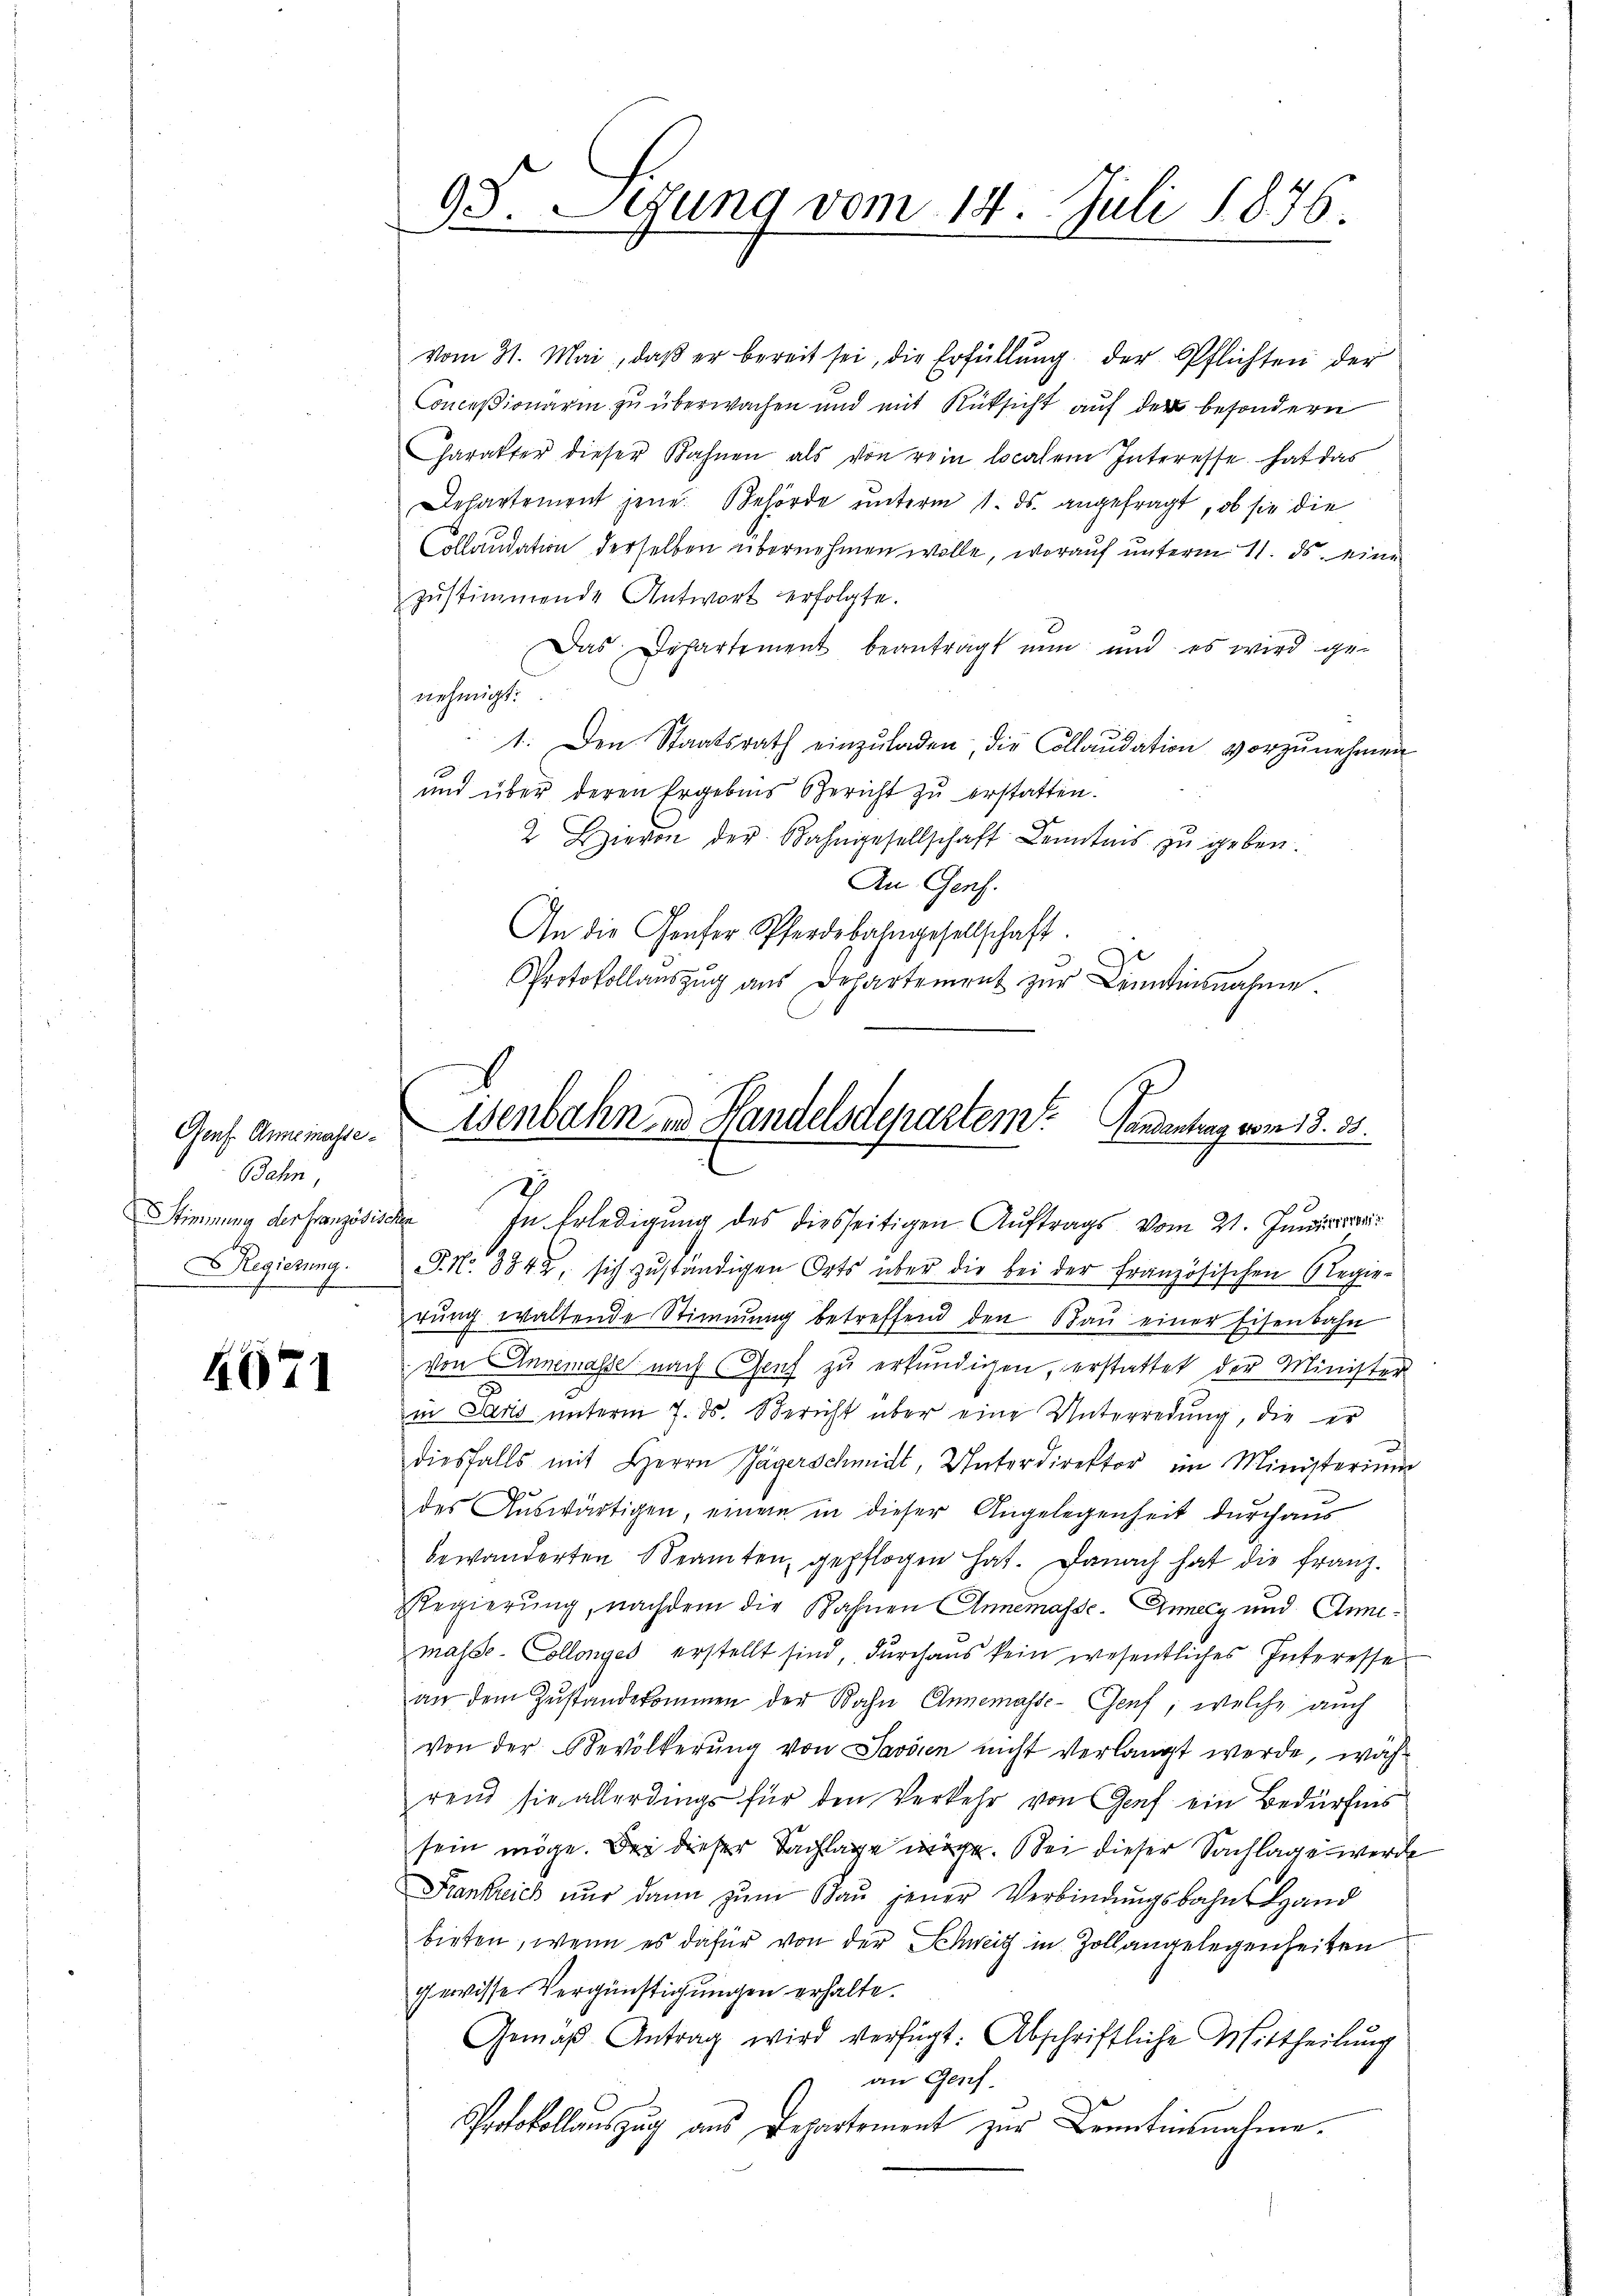
Genf. Annemaste¬
Bahn,
Regierung.

4071

vom 31. Mai, daβ er bereit sei, die Erfüllŭng der Pflichten der
Conceßionärin zu überwachen und mit Rüksicht auf der besondern
Charakter dieser Bahnen als von rein localem Interesse hat das
Dehartement jene Behörde unterm 1. ds. angefragt, ob sie die
Collaudation derselben übernehmen wolle, worauf unterm 11. ds. eine
zŭstimmende Antwort erfolgte.
Das Departement beanträgt nun und es wird ge-
nehmigt.
1. Den Staatsrath einzŭladen, die Collaudation vorzunehmen
und über deren Ergebnis Gericht zu erstatten.
2 Hievon der Bahngesellschaft Kenntnis zu geben.
An Genf.
An die Genfer Pferdebahngesellschaft.
Protokollaŭszŭg aŭs Departement zŭr Bennisnahme.
.

S. Sitzung vom 14. Juli 1876.
e

Wenbahn in Handelsdepartem Landentrag vom 13. 38.
E
2

Stimmung der Französische In Erledigung des diesseitigen Auftrags vom 21. Junistra
P. Nr. 3842, sich zuständigen Orts über die bei der Französischen Regierŭng waltende Stimmung betreffend den Baŭ einer Eisenbahn
von Annemasse nach Genf zu erkundigen, erstattet der Minister
in Saris unterm 7. ds. Bericht über eine Unterredung, die er
diesfalls mit Herrn Jägerschmidt, Unterdirektor im Ministerium
des Auswärtigen, einem in dieser Angelegenheit durchaus
bewanderten Beamten, gepflogen hat. Danach hat die franz-
Regierŭng, nachdem die Bahnen Annemasse. Annecy und Annemasse. Collenyes erstellt sind, durchaus kein wesentliches Interesse
an dem Zŭstandekommen der Bahn Ennemasse- Genf, welche auch
von der Bevölkerung von Savösen nicht verlangt werde, während sie allerdings für den Verkehr von Genf ein Bedürfnis
sein möge. Bei dieser Sachlage möge. Bei dieser Sachlage werde
Frankreich nŭr dann zŭm Baŭ jener Verbindŭngsbahn Land
bieten, wenn es dafür von der Schweiz in Zollangelegenheiten
gewisse Vergünstigungen erhalte.
Gemäß Antrag wird verfügt: Abschriftliche Mittheilung
an Genf.
Protokollauszug aus Departement zur Benntnisnahme¬